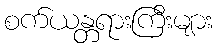
စက်ယန္တရားကြီးများ